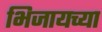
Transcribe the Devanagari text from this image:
भिजायच्या